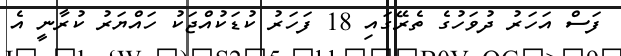
ފަސް އަހަރު ދުވަހުގެ ތެރޭގައި 18 ފަހަރު ކުޑަކުއްޖަކު ހައްޔަރު ކުރާނީ އެ